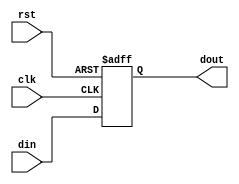
`timescale 1ns / 1ps

module data_dly #(
	parameter DWID       = 10,
	parameter DLY_NUM    = 1
) (
  input 					clk,                       // clock old 
  input 					rst,                       // reset old
  input  [DWID-1:0]			din,                       // oringinal data
  output [DWID-1:0]			dout                       // new data after pipe
);

//////////////////////////////////////////////////////////////////////////////////
//     signal declare
//////////////////////////////////////////////////////////////////////////////////
reg [DWID*(DLY_NUM+1)-1:0] din_dly;

always@( * ) begin
	din_dly[ DWID-1 : 0] = din; 
end

//////////////////////////////////////////////////////////////////////////////////
//     the data is clocked by clock
//////////////////////////////////////////////////////////////////////////////////
always@( posedge clk or posedge rst ) begin
		if( rst==1'b1 ) begin
				din_dly[ DWID*(DLY_NUM+1)-1 : DWID] <= 0; 
		end 
		else begin
				din_dly[ DWID*(DLY_NUM+1)-1 : DWID] <= din_dly[ DWID*DLY_NUM-1 : 0]; 
		end
end

assign dout = din_dly[ DWID*(DLY_NUM+1)-1 : DWID*DLY_NUM ];

endmodule